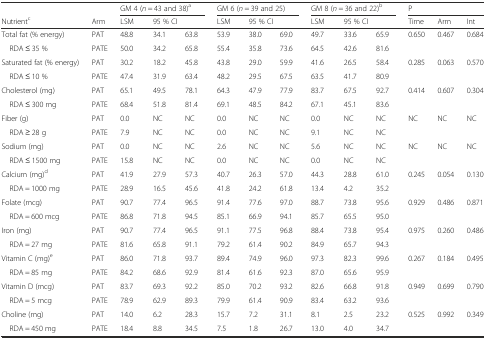
<table><thead><tr><td></td><td></td><td colspan="3"><b>GM 4 (<i>n</i> = 43 and 38)<sup>a</sup></b></td><td colspan="3"><b>GM 6 (<i>n</i> = 39 and 25)</b></td><td colspan="3"><b>GM 8 (<i>n</i> = 36 and 22)<sup>b</sup></b></td><td colspan="3"><b>P</b></td></tr><tr><td><b>Nutrient<sup>c</sup></b></td><td><b>Arm</b></td><td><b>LSM</b></td><td colspan="2"><b>95 % CI</b></td><td><b>LSM</b></td><td colspan="2"><b>95 % CI</b></td><td><b>LSM</b></td><td colspan="2"><b>95 % CI</b></td><td><b>Time</b></td><td><b>Arm</b></td><td><b>Int</b></td></tr></thead><tbody><tr><td>Total fat (% energy)</td><td>PAT</td><td>48.8</td><td>34.1</td><td>63.8</td><td>53.9</td><td>38.0</td><td>69.0</td><td>49.7</td><td>33.6</td><td>65.9</td><td>0.650</td><td>0.467</td><td>0.684</td></tr><tr><td> RDA ≤ 35 %</td><td>PATE</td><td>50.0</td><td>34.2</td><td>65.8</td><td>55.4</td><td>35.8</td><td>73.6</td><td>64.5</td><td>42.6</td><td>81.6</td><td></td><td></td><td></td></tr><tr><td>Saturated fat (% energy)</td><td>PAT</td><td>30.2</td><td>18.2</td><td>45.8</td><td>43.8</td><td>29.0</td><td>59.9</td><td>41.6</td><td>26.5</td><td>58.4</td><td>0.285</td><td>0.063</td><td>0.570</td></tr><tr><td> RDA ≤ 10 %</td><td>PATE</td><td>47.4</td><td>31.9</td><td>63.4</td><td>48.2</td><td>29.5</td><td>67.5</td><td>63.5</td><td>41.7</td><td>80.9</td><td></td><td></td><td></td></tr><tr><td>Cholesterol (mg)</td><td>PAT</td><td>65.1</td><td>49.5</td><td>78.1</td><td>64.3</td><td>47.9</td><td>77.9</td><td>83.7</td><td>67.5</td><td>92.7</td><td>0.414</td><td>0.607</td><td>0.304</td></tr><tr><td> RDA ≤ 300 mg</td><td>PATE</td><td>68.4</td><td>51.8</td><td>81.4</td><td>69.1</td><td>48.5</td><td>84.2</td><td>67.1</td><td>45.1</td><td>83.6</td><td></td><td></td><td></td></tr><tr><td>Fiber (g)</td><td>PAT</td><td>0.0</td><td>NC</td><td>NC</td><td>0.0</td><td>NC</td><td>NC</td><td>0.0</td><td>NC</td><td>NC</td><td>NC</td><td>NC</td><td>NC</td></tr><tr><td> RDA ≥ 28 g</td><td>PATE</td><td>7.9</td><td>NC</td><td>NC</td><td>0.0</td><td>NC</td><td>NC</td><td>9.1</td><td>NC</td><td>NC</td><td></td><td></td><td></td></tr><tr><td>Sodium (mg)</td><td>PAT</td><td>0.0</td><td>NC</td><td>NC</td><td>2.6</td><td>NC</td><td>NC</td><td>5.6</td><td>NC</td><td>NC</td><td>NC</td><td>NC</td><td>NC</td></tr><tr><td> RDA ≤ 1500 mg</td><td>PATE</td><td>15.8</td><td>NC</td><td>NC</td><td>0.0</td><td>NC</td><td>NC</td><td>0.0</td><td>NC</td><td>NC</td><td></td><td></td><td></td></tr><tr><td>Calcium (mg)<sup>d</sup></td><td>PAT</td><td>41.9</td><td>27.9</td><td>57.3</td><td>40.7</td><td>26.3</td><td>57.0</td><td>44.3</td><td>28.8</td><td>61.0</td><td>0.245</td><td>0.054</td><td>0.130</td></tr><tr><td> RDA = 1000 mg</td><td>PATE</td><td>28.9</td><td>16.5</td><td>45.6</td><td>41.8</td><td>24.2</td><td>61.8</td><td>13.4</td><td>4.2</td><td>35.2</td><td></td><td></td><td></td></tr><tr><td>Folate (mcg)</td><td>PAT</td><td>90.7</td><td>77.4</td><td>96.5</td><td>91.4</td><td>77.6</td><td>97.0</td><td>88.7</td><td>73.8</td><td>95.6</td><td>0.929</td><td>0.486</td><td>0.871</td></tr><tr><td> RDA = 600 mcg</td><td>PATE</td><td>86.8</td><td>71.8</td><td>94.5</td><td>85.1</td><td>66.9</td><td>94.1</td><td>85.7</td><td>65.5</td><td>95.0</td><td></td><td></td><td></td></tr><tr><td>Iron (mg)</td><td>PAT</td><td>90.7</td><td>77.4</td><td>96.5</td><td>91.1</td><td>77.5</td><td>96.8</td><td>88.4</td><td>73.8</td><td>95.4</td><td>0.975</td><td>0.260</td><td>0.486</td></tr><tr><td> RDA = 27 mg</td><td>PATE</td><td>81.6</td><td>65.8</td><td>91.1</td><td>79.2</td><td>61.4</td><td>90.2</td><td>84.9</td><td>65.7</td><td>94.3</td><td></td><td></td><td></td></tr><tr><td>Vitamin C (mg)<sup>e</sup></td><td>PAT</td><td>86.0</td><td>71.8</td><td>93.7</td><td>89.4</td><td>74.9</td><td>96.0</td><td>97.3</td><td>82.3</td><td>99.6</td><td>0.267</td><td>0.184</td><td>0.495</td></tr><tr><td> RDA = 85 mg</td><td>PATE</td><td>84.2</td><td>68.6</td><td>92.9</td><td>81.4</td><td>61.6</td><td>92.3</td><td>87.0</td><td>65.6</td><td>95.9</td><td></td><td></td><td></td></tr><tr><td>Vitamin D (mcg)</td><td>PAT</td><td>83.7</td><td>69.3</td><td>92.2</td><td>85.0</td><td>70.2</td><td>93.2</td><td>82.6</td><td>66.8</td><td>91.8</td><td>0.949</td><td>0.699</td><td>0.790</td></tr><tr><td> RDA = 5 mcg</td><td>PATE</td><td>78.9</td><td>62.9</td><td>89.3</td><td>79.9</td><td>61.4</td><td>90.9</td><td>83.4</td><td>63.2</td><td>93.6</td><td></td><td></td><td></td></tr><tr><td>Choline (mg)</td><td>PAT</td><td>14.0</td><td>6.2</td><td>28.3</td><td>15.7</td><td>7.2</td><td>31.1</td><td>8.1</td><td>2.5</td><td>23.2</td><td>0.525</td><td>0.992</td><td>0.349</td></tr><tr><td> RDA = 450 mg</td><td>PATE</td><td>18.4</td><td>8.8</td><td>34.5</td><td>7.5</td><td>1.8</td><td>26.7</td><td>13.0</td><td>4.0</td><td>34.7</td><td></td><td></td><td></td></tr></tbody></table>